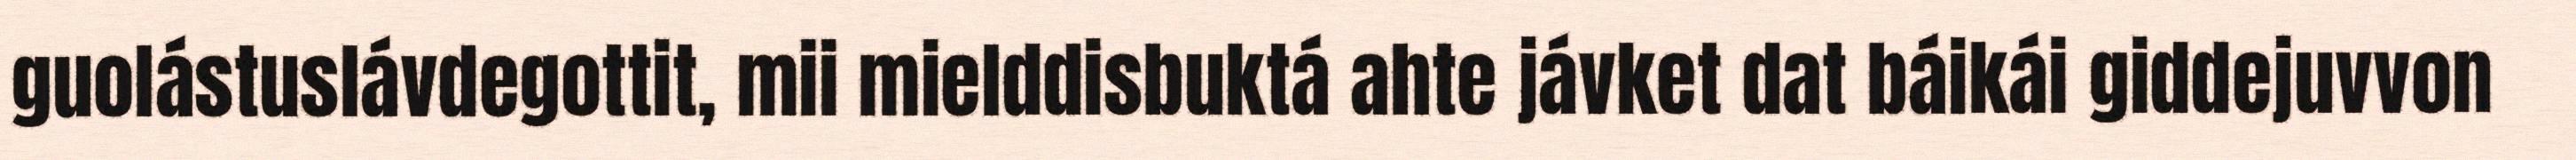
guolástuslávdegottit, mii mielddisbuktá ahte jávket dat báikái giddejuvvon